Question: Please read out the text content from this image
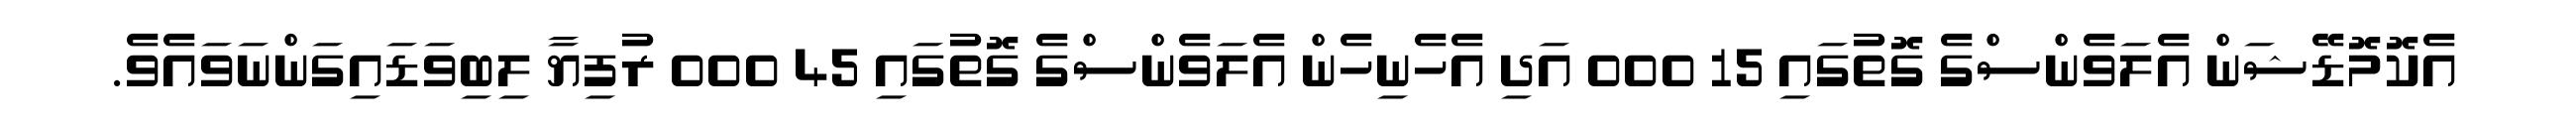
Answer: އެކޮމޮޑޭޝަން އެލަވެންސްގެ ގޮތުގައި 15 000 އަދި އެހެނިހެން އެލަވެންސްގެ ގޮތުގައި 45 000 ރުފިޔާ ލިބިވަޑައިގަންނަވައެވެ.